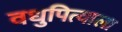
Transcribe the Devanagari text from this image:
वधुपित्याला